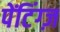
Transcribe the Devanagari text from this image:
पेंटिंग्ज़